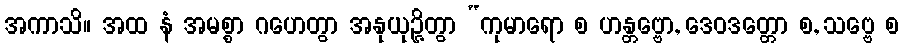
အကာသိ။ အထ နံ အမစ္စာ ဂဟေတွာ အနုယုဉ္ဇိတွာ “ကုမာရော စ ဟန္တဗ္ဗော, ဒေဝဒတ္တော စ, သဗ္ဗေ စ